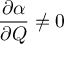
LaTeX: { \frac { \partial \alpha } { \partial Q } } \neq 0